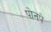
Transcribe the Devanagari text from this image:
पोनपे